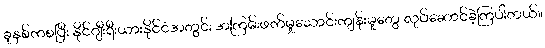
ခုနှစ်ကစပြီး နိုင်ဂျီးရီးယားနိုင်ငံအတွင်း အကြမ်းဖက်မှုသောင်းကျန်းမှုတွေ လုပ်ဆောင်ခဲ့ကြပါတယ်။